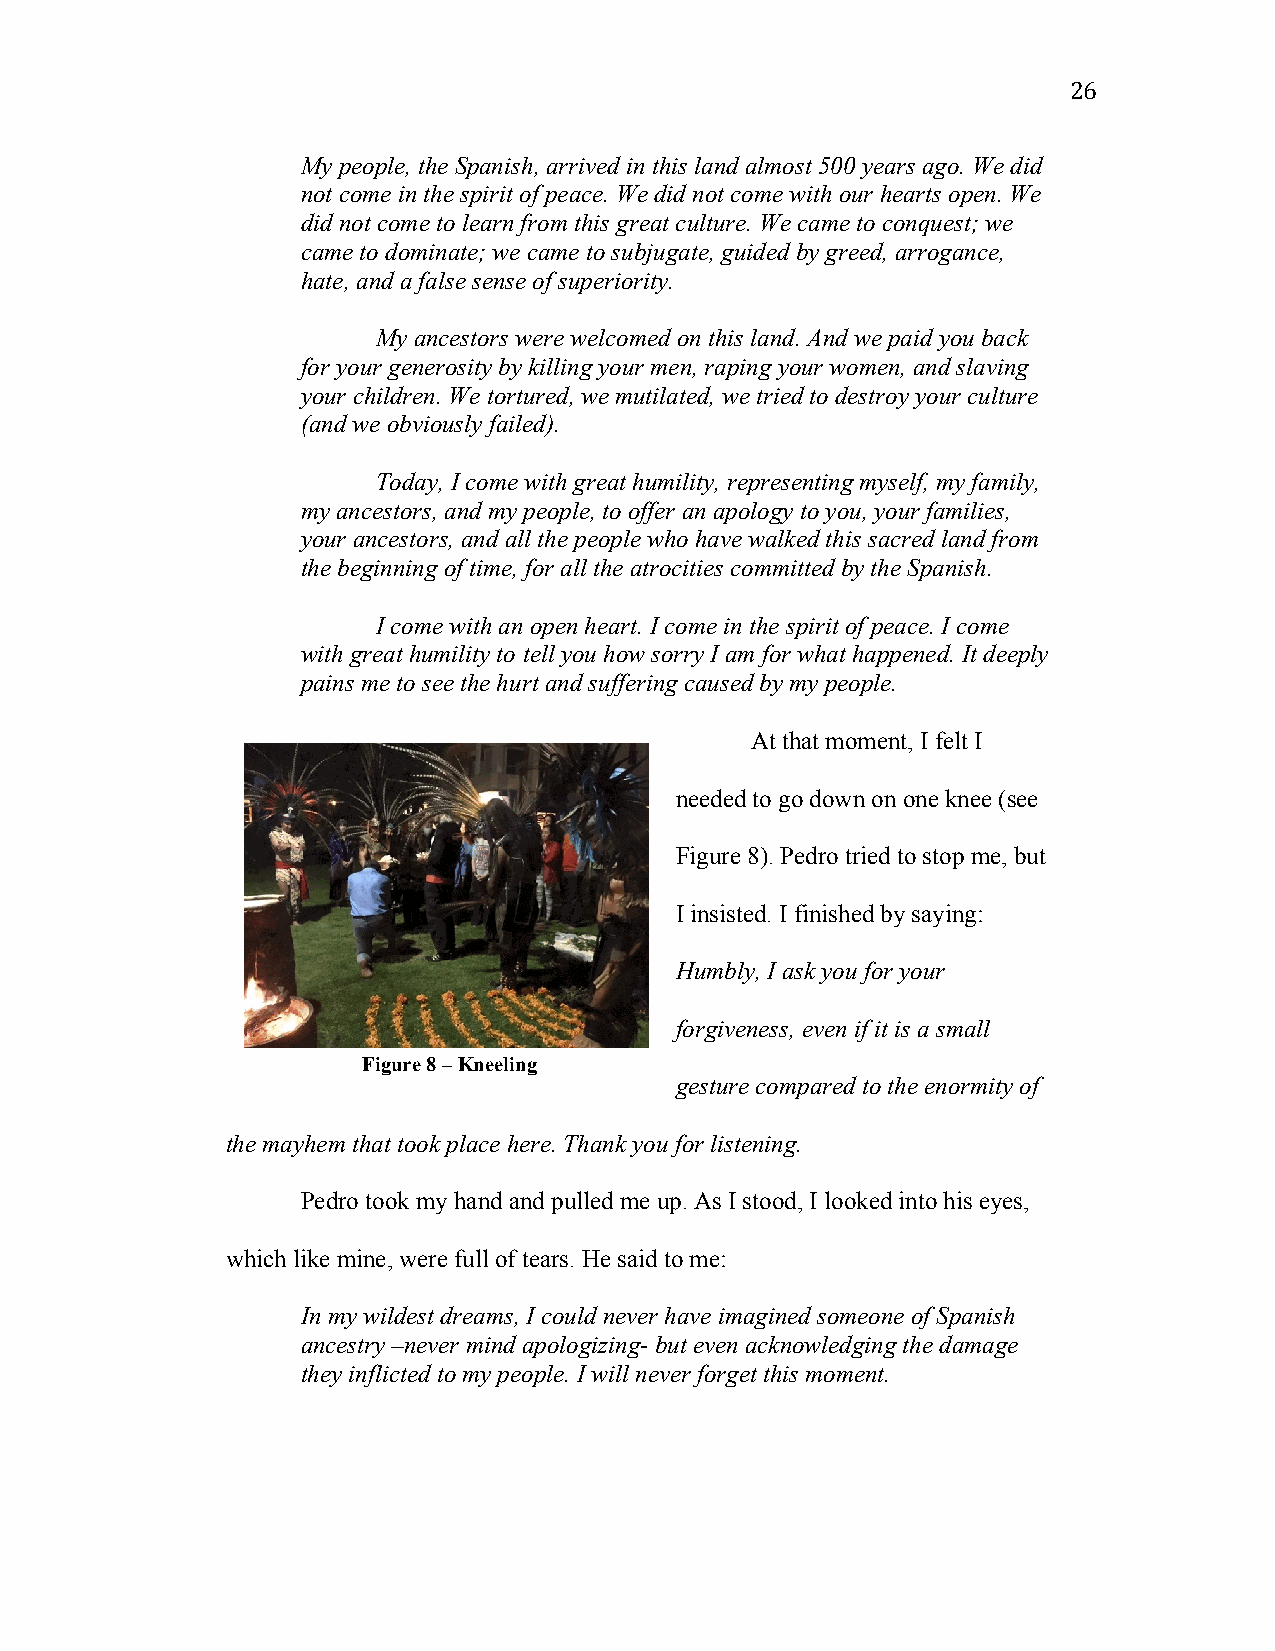
26
 My people, the Spanish, arrived in this land almost 500 years ago. We did
 not come in the spirit of peace. We did not come with our hearts open. We
 did not come to learn from this great culture. We came to conquest; we
 came to dominate; we came to subjugate, guided by greed, arrogance,
 hate, and a false sense of superiority.
 My ancestors were welcomed on this land. And we paid you back
 for your generosity by killing your men, raping your women, and slaving
 your children. We tortured, we mutilated, we tried to destroy your culture
 (and we obviously failed).
 Today, I come with great humility, representing myself, my family,
 my ancestors, and my people, to offer an apology to you, your families,
 your ancestors, and all the people who have walked this sacred land from
 the beginning of time, for all the atrocities committed by the Spanish.
 I come with an open heart. I come in the spirit of peace. I come
 with great humility to tell you how sorry I am for what happened. It deeply
 pains me to see the hurt and suffering caused by my people.
 At that moment, I felt I
 needed to go down on one knee (see
 Figure 8). Pedro tried to stop me, but
 I insisted. I finished by saying:
 Humbly, I ask you for your
 forgiveness, even if it is a small
 Figure 8 – Kneeling
 gesture compared to the enormity of
 the mayhem that took place here. Thank you for listening.
 Pedro took my hand and pulled me up. As I stood, I looked into his eyes,
 which like mine, were full of tears. He said to me:
 In my wildest dreams, I could never have imagined someone of Spanish
 ancestry –never mind apologizing- but even acknowledging the damage
 they inflicted to my people. I will never forget this moment.